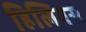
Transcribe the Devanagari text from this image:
हिलियस